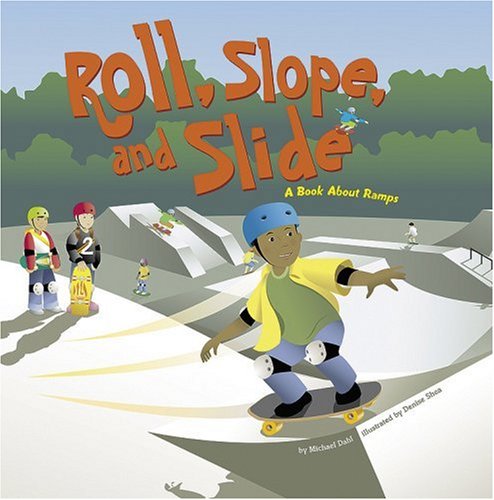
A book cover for Roll, Slope, and Slide: A Book About Ramps (Amazing Science: Simple Machines); Michael Dahl; Children's Books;